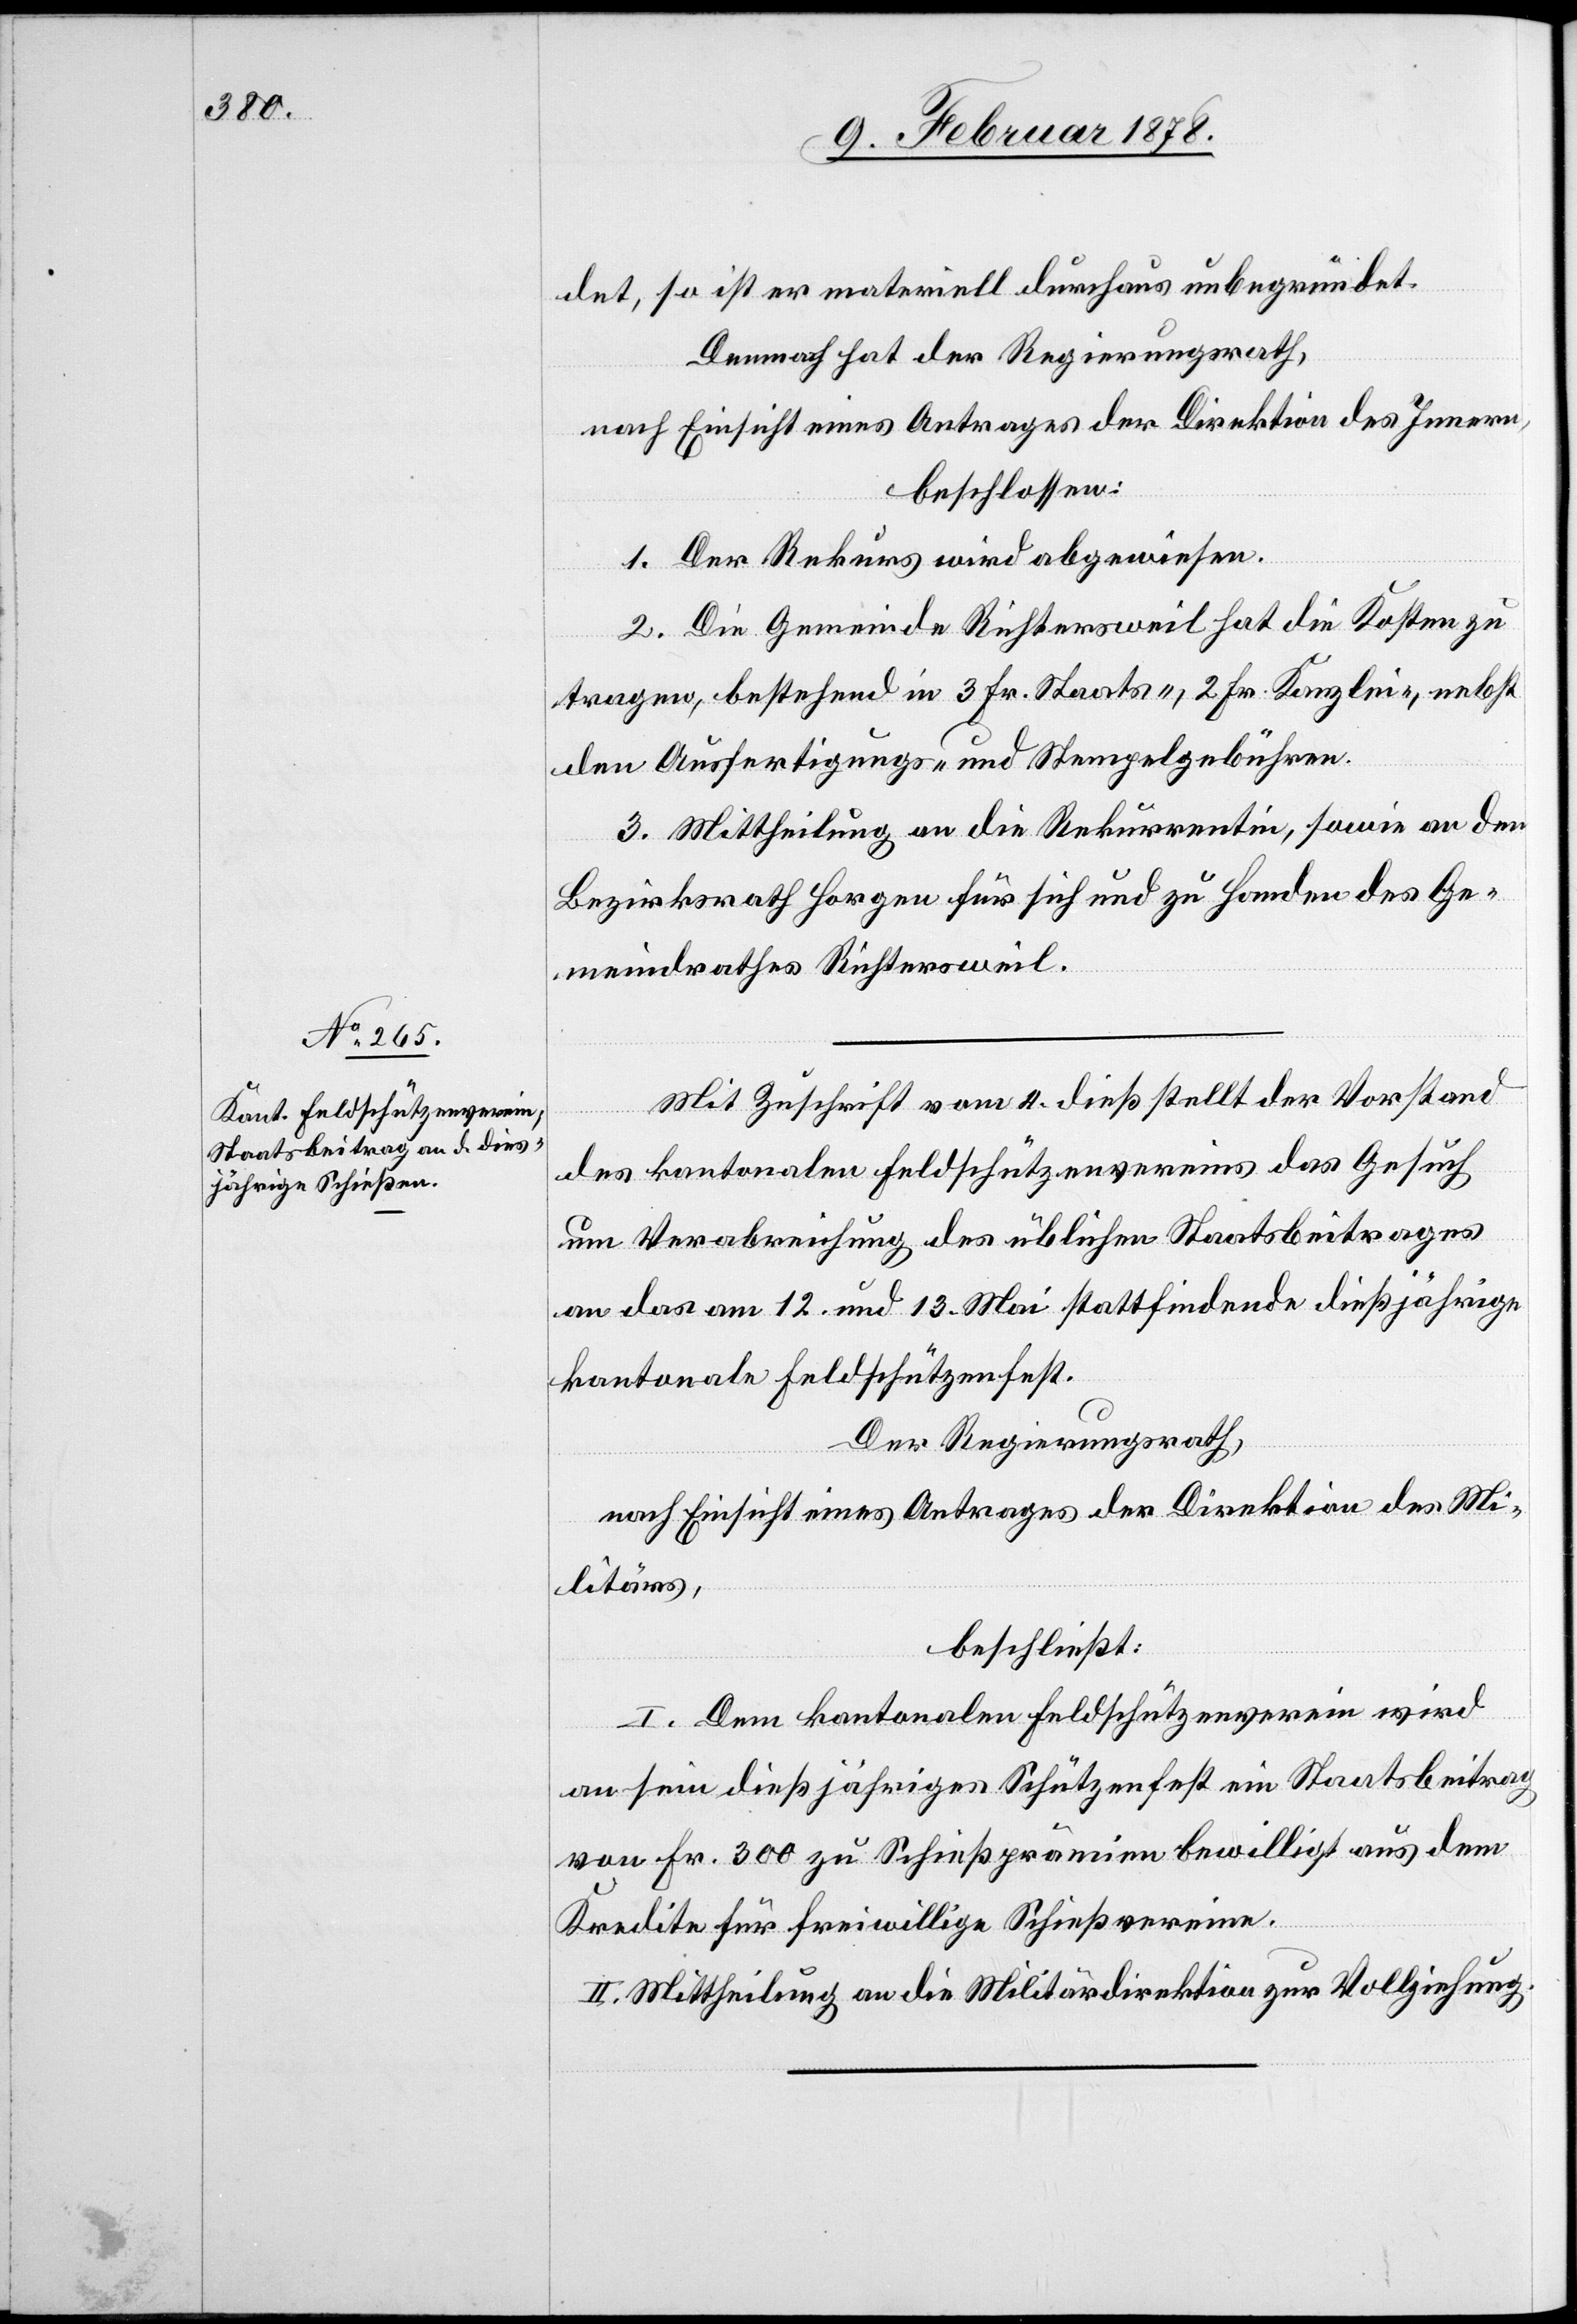
det, so ist er materiell durchaus unbegründet.
Demnach hat der Regierungsrath,
nach Einsicht eines Antrages der Direktion des Innern,
beschlossen:
1. Der Rekurs wird abgewiesen.
2. Die Gemeinde Richtersweil hat die Kosten zu
tragen, bestehend in 3 Fr. Staats-, 2 Fr. Kanzlei-, nebst
den Ausfertigungs- und Stempelgebühren.
3. Mittheilung an die Rekurrentin, sowie an den
Bezirksrath Horgen für sich und zu Handen des Ge¬
meindrathes Richtersweil.
Mit Zuschrift vom 4. dieß stellt der Vorstand
des kantonalen Feldschützenvereins das Gesuch
um Verabreichung des üblichen Staatsbeitrages
an das am 12. und 13. Mai stattfindende dießjährige
kantonale Feldschützenfest.
Der Regierungsrath,
nach Einsicht eines Antrages der Direktion des Mi¬
litärs,
beschließt:
I. Dem kantonalen Feldschützenverein wird
an sein dießjähriges Schützenfest ein Staatsbeitrag
von Fr. 300 zu Schießprämien bewilligt aus dem
Kredite für freiwillige Schießvereine.
II. Mittheilung an die Militärdirektion zur Vollziehung.